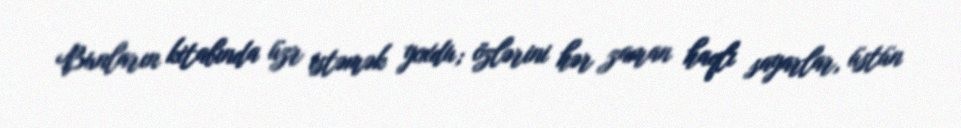
Bunların kitabında üzr istəmək yoxdu; özlərini hər zaman haqlı sayarlar, üstün